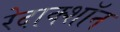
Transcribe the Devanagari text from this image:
रेदाक्शॉन